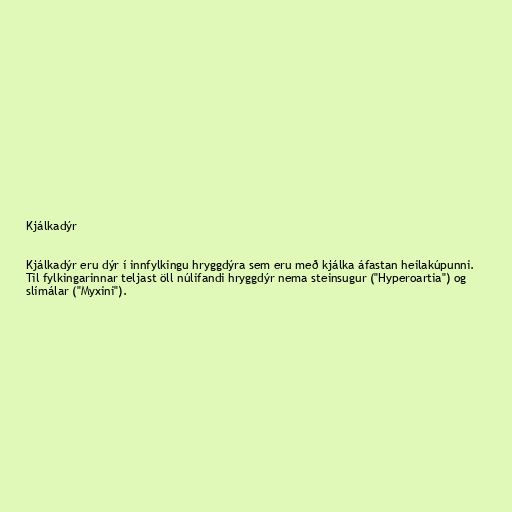
Kjálkadýr

Kjálkadýr eru dýr í innfylkingu hryggdýra sem eru með kjálka áfastan heilakúpunni.
Til fylkingarinnar teljast öll núlifandi hryggdýr nema steinsugur ("Hyperoartia") og
slímálar ("Myxini").